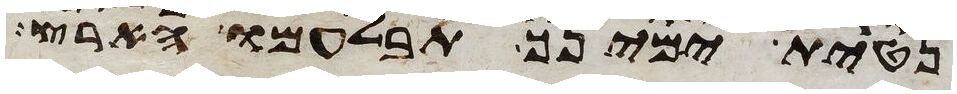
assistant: נטית ימינך תבלעמו הארץ